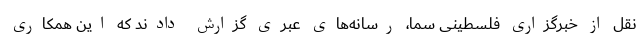
نقل از خبرگزاری فلسطینی سما، رسانه‌های عبری گزارش دادند که این همکاری